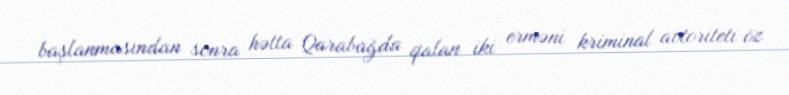
başlanmasından sonra hətta Qarabağda qalan iki erməni kriminal avtoriteti öz